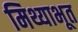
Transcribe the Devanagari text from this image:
मिथ्याभूत